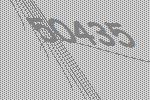
50435